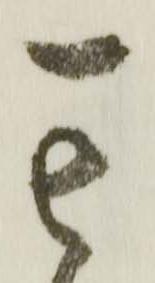
其